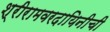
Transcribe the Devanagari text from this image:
श्रीरामवरदायिनीची